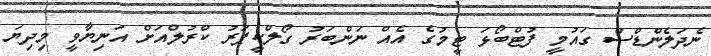
ނެދަލެންޑްސް ގައުމީ ފުޓްބޯޅަ ޓީމުގެ އެއް ނަންބަރު ގޯލްކީޕަރު ކްރުލްއަށް އަނިޔާވީ މިދިޔަ